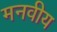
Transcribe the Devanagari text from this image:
मनवीय